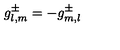
g _ { l , m } ^ { \pm } = - g _ { m , l } ^ { \pm }